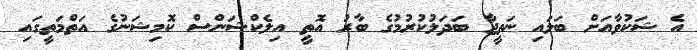
އެ ޝަކުވާއަށް ބަލައި ނަތީޖާ ބަދަލުކުރުމުގެ ބާރު އޮތީ އިލެކްޝަންސް ކޮމިޝަނުގެ އަތްމަތީގައި